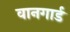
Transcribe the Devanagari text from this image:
वानगार्ड